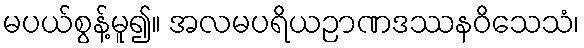
မပယ်စွန့်မူ၍။ အလမပရိယဉာဏဒဿနဝိသေသံ၊